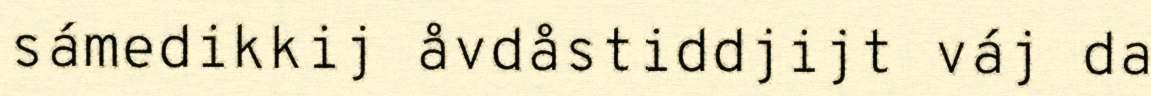
sámedikkij åvdåstiddjijt váj da